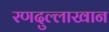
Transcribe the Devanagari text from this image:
रणदुल्लाखान